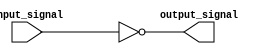
module OpenDrainInverter (
    input wire input_signal,
    output reg output_signal
);

assign output_signal = ~input_signal;

endmodule